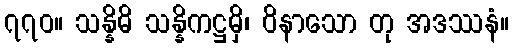
၇၇၀။ သန္နိဓိ သန္နိကဋ္ဌမှိ၊ ဝိနာသော တု အဒဿနံ။